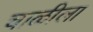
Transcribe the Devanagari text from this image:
चाळीला